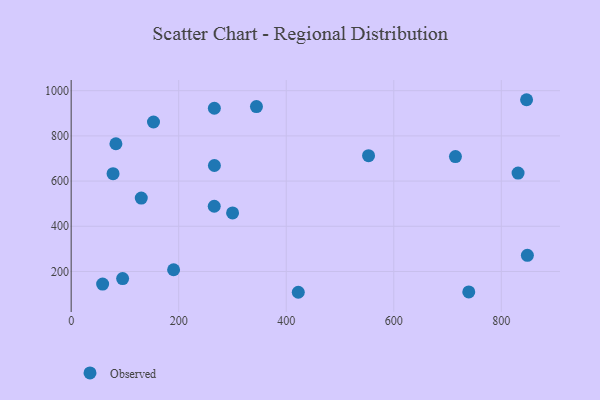
{"axis": {"x": "Study Hours", "y": "Rating"}, "legend": ["Observed"], "data": [{"x": "344.6", "y": 929.8, "type": "Observed"}, {"x": "266.1", "y": 488.7, "type": "Observed"}, {"x": "848.5", "y": 271.5, "type": "Observed"}, {"x": "266.3", "y": 922.3, "type": "Observed"}, {"x": "739.5", "y": 109.7, "type": "Observed"}, {"x": "153.1", "y": 861.4, "type": "Observed"}, {"x": "83.2", "y": 765.1, "type": "Observed"}, {"x": "714.7", "y": 708.4, "type": "Observed"}, {"x": "58.5", "y": 144.2, "type": "Observed"}, {"x": "422.4", "y": 108.0, "type": "Observed"}, {"x": "77.9", "y": 632.8, "type": "Observed"}, {"x": "130.4", "y": 524.6, "type": "Observed"}, {"x": "300.2", "y": 459.1, "type": "Observed"}, {"x": "553.1", "y": 712.4, "type": "Observed"}, {"x": "266.4", "y": 668.9, "type": "Observed"}, {"x": "95.7", "y": 168.7, "type": "Observed"}, {"x": "847.0", "y": 960.0, "type": "Observed"}, {"x": "831.2", "y": 635.5, "type": "Observed"}, {"x": "190.5", "y": 207.7, "type": "Observed"}]}